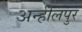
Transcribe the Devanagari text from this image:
अन्हीलपुर